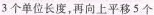
3个单位长度，再向上平移5个